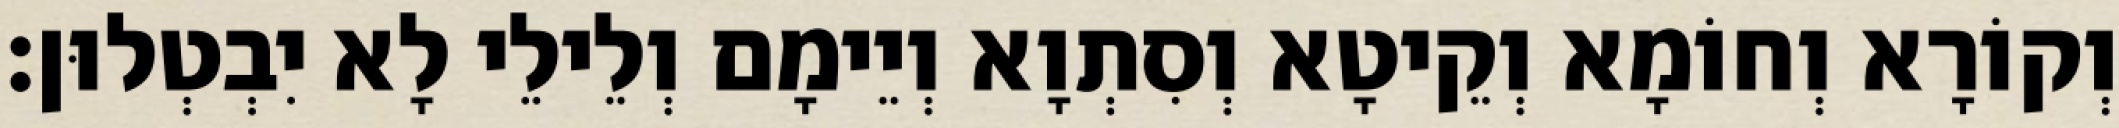
וְקוֹרָא וְחוֹמָא וְקֵיטָא וְסִתְוָא וְיֵימָם וְלֵילֵי לָא יִבְטְלוּן׃